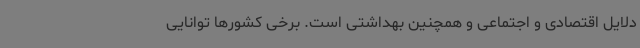
دلایل اقتصادی و اجتماعی و همچنین بهداشتی است. برخی کشورها توانایی